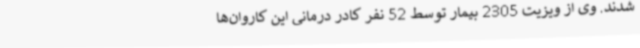
شدند. وی از ویزیت 2305 بیمار توسط 52 نفر کادر درمانی این کاروان‌ها